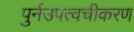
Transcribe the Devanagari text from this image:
पुर्नउपत्वचीकरण